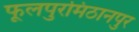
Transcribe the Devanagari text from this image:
फूलपुरमिठानपुर